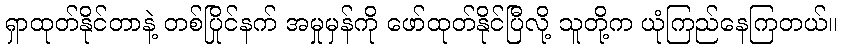
ရှာထုတ်နိုင်တာနဲ့ တစ်ပြိုင်နက် အမှုမှန်ကို ဖော်ထုတ်နိုင်ပြီလို့ သူတို့က ယုံကြည်နေကြတယ်။